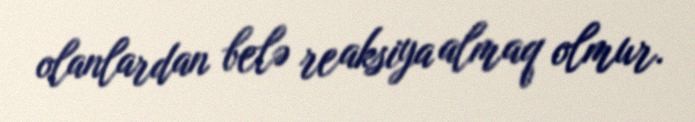
olanlardan belə reaksiya almaq olmur.